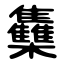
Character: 雧